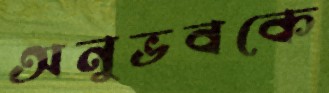
অনুভবকে